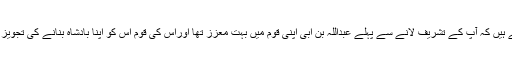
آپؐ جانتے ہیں کہ آپؐ کے تشریف لانے سے پہلے عبداللہ بن ابی اپنی قوم میں بہت معزز تھا اوراس کی قوم اس کو اپنا بادشاہ بنانے کی تجویز میں تھی۔